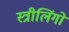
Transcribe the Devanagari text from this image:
स्त्रीलिंगों